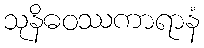
သုနိဓဝဿကာရာနံ